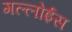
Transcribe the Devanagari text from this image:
गल्लोईस